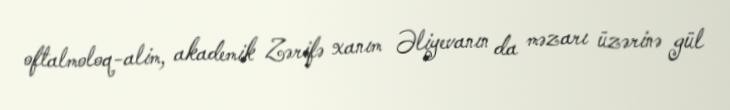
oftalmoloq-alim, akademik Zərifə xanım Əliyevanın da məzarı üzərinə gül